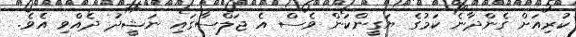
ކުރިއަށް ގެންދާނެ ކަމުގެ ޔަގީންކަން ވެސް އެ ޖަލްސާގައި ނަޝީދު ދެއްވި އެވެ.